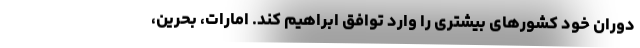
دوران خود کشورهای بیشتری را وارد توافق ابراهیم کند. امارات، بحرین،